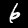
Label: 6